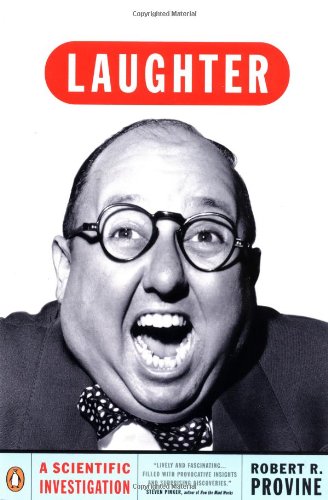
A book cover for Laughter: A Scientific Investigation; Robert R. Provine; Humor & Entertainment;